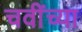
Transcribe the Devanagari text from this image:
चवींच्या